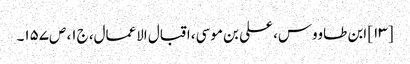
[۱۳] ابن طاووس، علی بن موسی، اقبال الاعمال، ج‌۱، ص‌۱۵۷۔